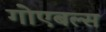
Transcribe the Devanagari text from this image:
गोएबल्स